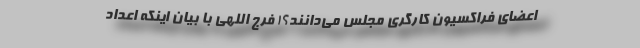
اعضای فراکسیون کارگری مجلس می‌دانند؟! فرج اللهی با بیان اینکه اعداد